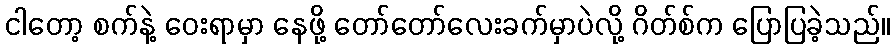
ငါတော့ စက်နဲ့ ဝေးရာမှာ နေဖို့ တော်တော်လေးခက်မှာပဲလို့ ဂိတ်စ်က ပြောပြခဲ့သည်။